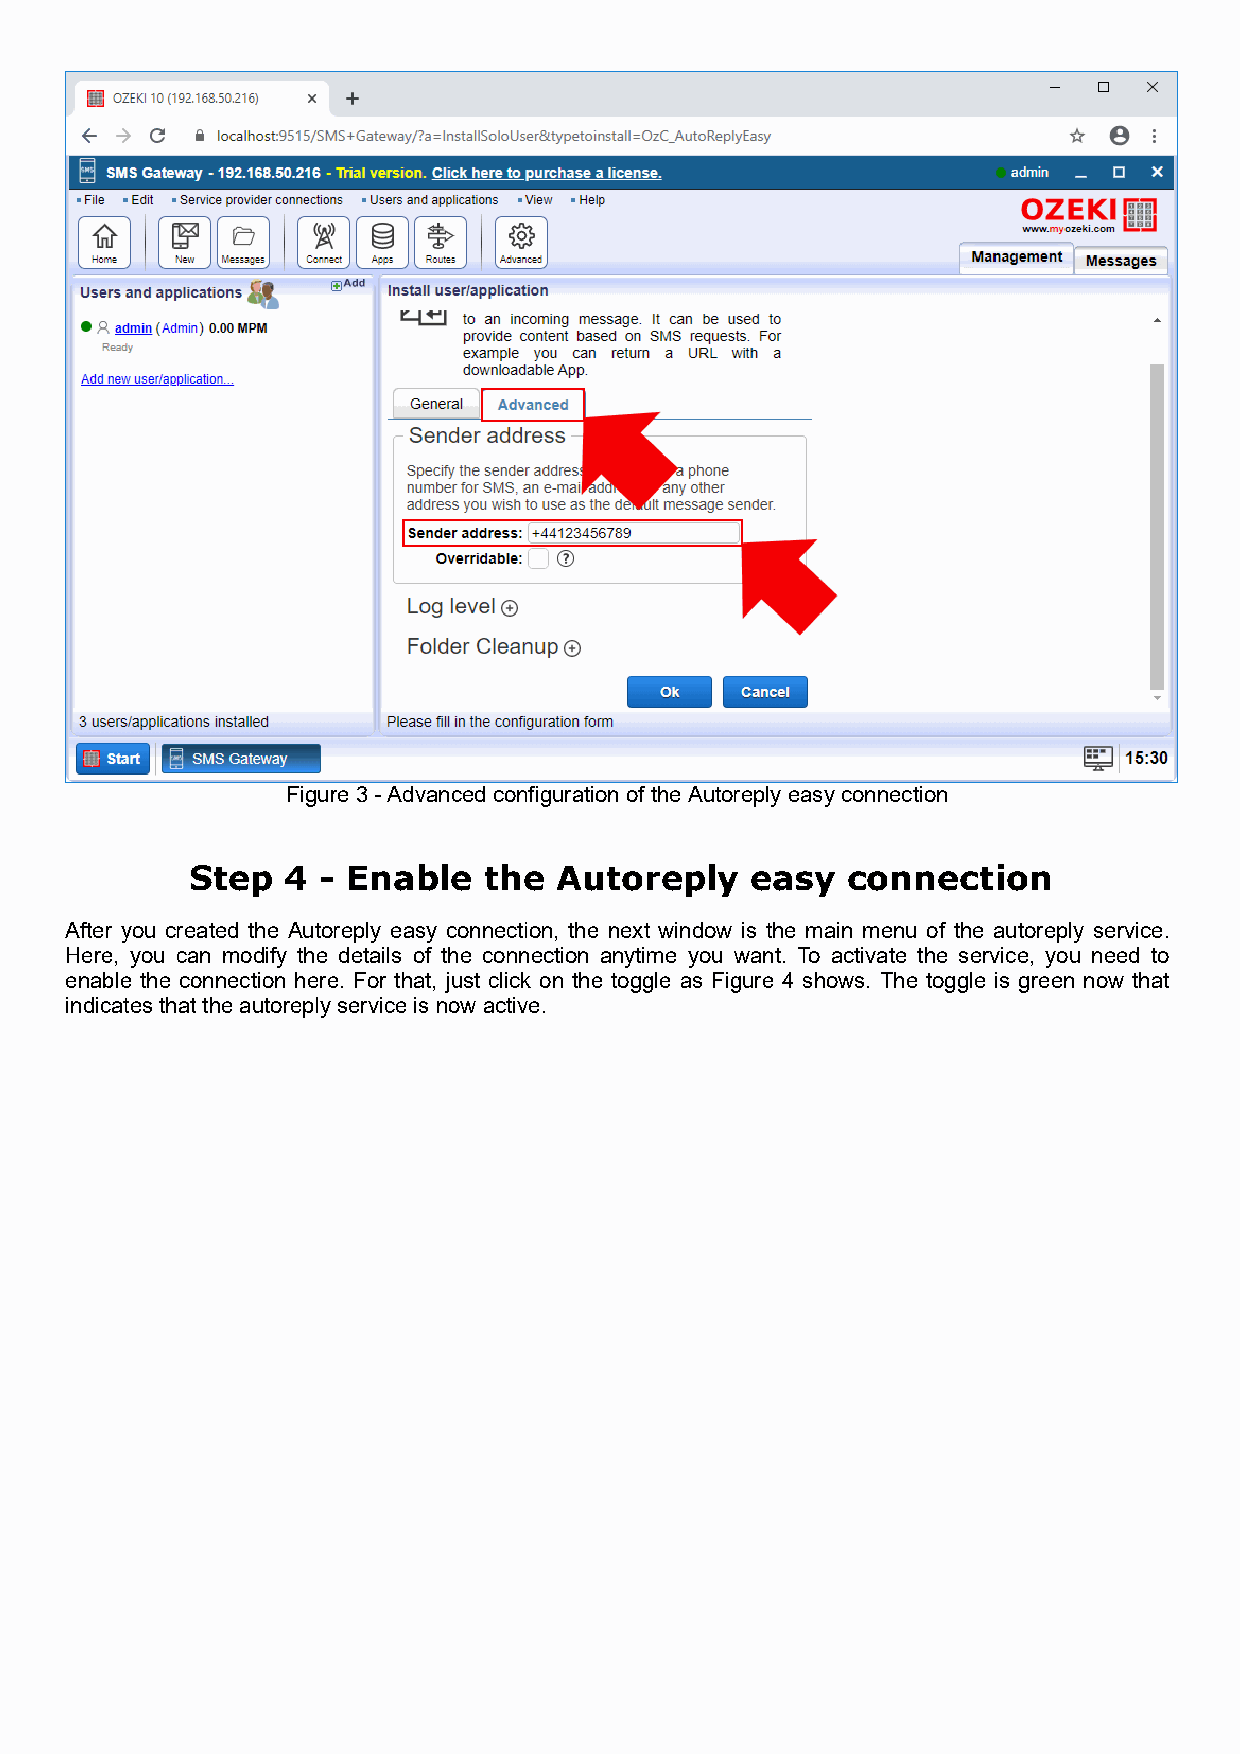
Figure 3 - Advanced configuration of the Autoreply easy connection
 Step   4 - Enable   the  Autoreply    easy  connection
 After you created the Autoreply easy connection, the next window is the main menu of the autoreply service.
 Here, you can modify the details of the connection anytime you want. To activate the service, you need to
 enable the connection here. For that, just click on the toggle as Figure 4 shows. The toggle is green now that
 indicates that the autoreply service is now active.